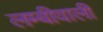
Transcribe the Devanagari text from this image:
लम्बीवाली